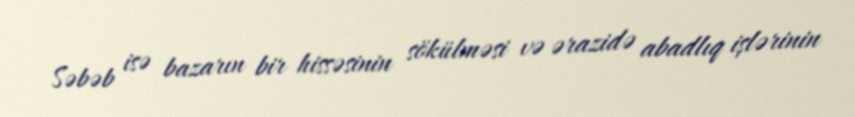
Səbəb isə bazarın bir hissəsinin sökülməsi və ərazidə abadlıq işlərinin